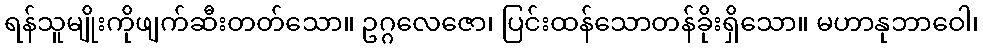
ရန်သူမျိုးကိုဖျက်ဆီးတတ်သော။ ဥဂ္ဂလေဇော၊ ပြင်းထန်သောတန်ခိုးရှိသော။ မဟာနုဘာဝေါ၊